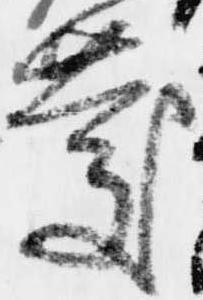
慶